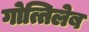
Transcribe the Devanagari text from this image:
गोत्तिलेब